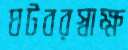
ঘটবরস্বাক্ষ